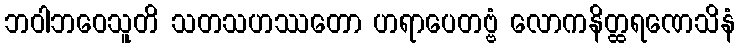
ဘဝါဘဝေသူတိ သတသဟဿတော ဟရာပေတဗ္ဗံ လောကနိတ္ထရဏေသိနံ